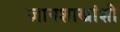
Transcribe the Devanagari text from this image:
ज्ञानशाखांशी